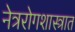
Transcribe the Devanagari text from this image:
नेत्ररोगशास्त्रात